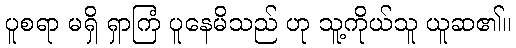
ပူစရာ မရှိ ရှာကြံ ပူနေမိသည် ဟု သူ့ကိုယ်သူ ယူဆ၏။